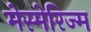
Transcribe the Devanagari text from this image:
मेस्मेरिज्म